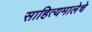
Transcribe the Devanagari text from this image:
साहित्यमालेचे